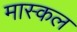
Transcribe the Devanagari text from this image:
मास्कल